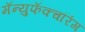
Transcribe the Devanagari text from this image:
मॅन्युफॅक्‍चरिंग